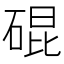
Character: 䃂